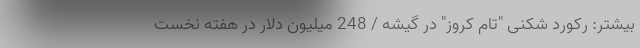
بيشتر: رکورد شکنی "تام کروز" در گیشه / 248 میلیون دلار در هفته نخست